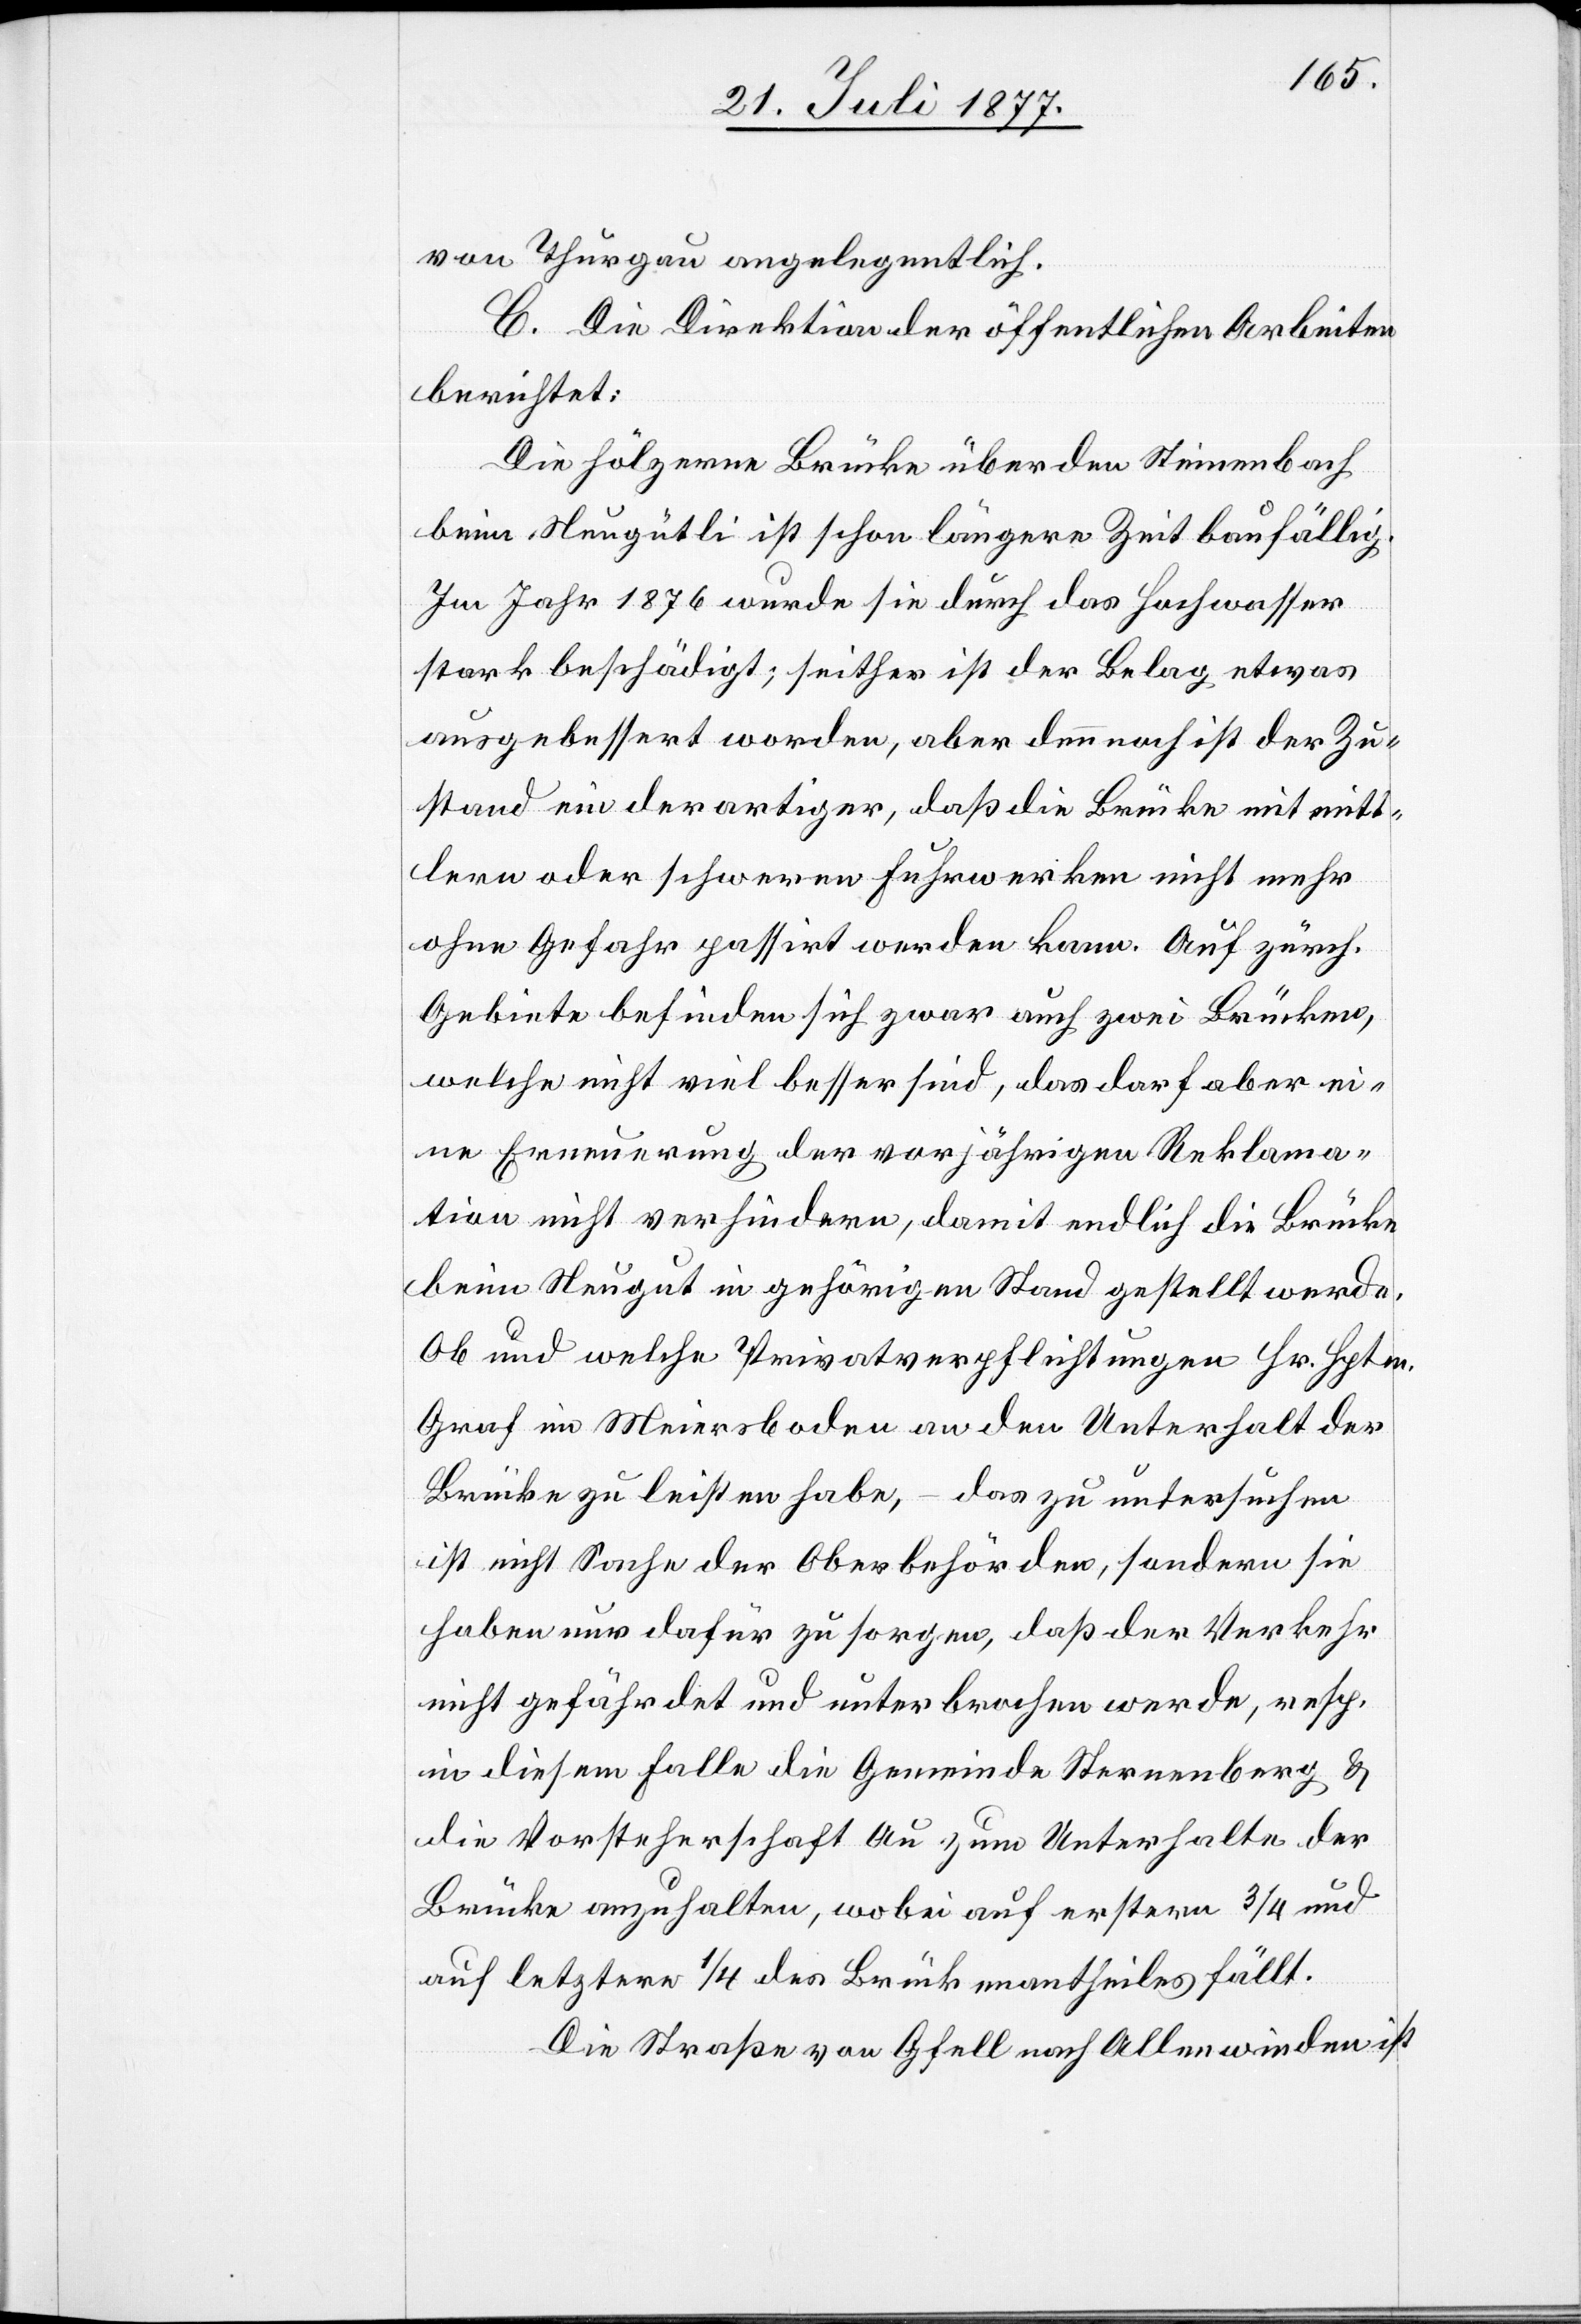
von Thurgau angelegentlich.
C. Die Direktion der öffentlichen Arbeiten
berichtet:
Die hölzerne Brücke über den Steinenbach
beim Neugütli ist schon längere Zeit baufällig.
Im Jahr 1876 wurde sie durch das Hochwasser
stark beschädigt; seither ist der Belag etwas
ausgebessert worden, aber dennnoch ist der Zu¬
stand ein derartiger, daß die Brücke mit mitt¬
lern oder schweren Fuhrwerken nicht mehr
ohne Gefahr passirt werden kann. Auf zürch.
Gebiete befinden sich zwar auch zwei Brücken,
welche nicht viel besser sind, das darf aber ei¬
ne Erneuerung der vorjährigen Reklama¬
tion nicht verhindern, damit endlich die Brücke
beim Neugut in gehörigen Stand gestellt werde.
Ob und welche Privatverpflichtungen Hr. Hptm.
Graf im Meiersboden an den Unterhalt der
Brücke zu leisten habe, – das zu untersuchen
ist nicht Sache der Oberbehörden, sondern sie
haben nur dafür zu sorgen, daß der Verkehr
nicht gefährdet und unterbrochen werde, resp.
in diesem Falle die Gemeinde Sternenberg &
die Vorsteherschaft Au zum Unterhalte der
Brücke anzuhalten, wobei auf erstere 3/4 und
auf letztere 1/4 des Brückenantheiles fällt.
Die Straße von Gfell nach Allenwinden ist